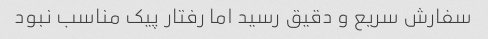
سفارش سریع و دقیق رسید اما رفتار پیک مناسب نبود